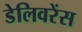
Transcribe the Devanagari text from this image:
डेलिवरेंस